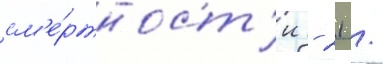
см'е́ртност'и - 21 /